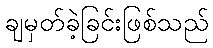
ချမှတ်ခဲ့ခြင်းဖြစ်သည်